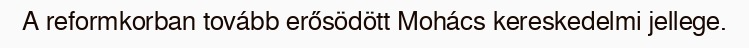
A reformkorban tovább erősödött Mohács kereskedelmi jellege.